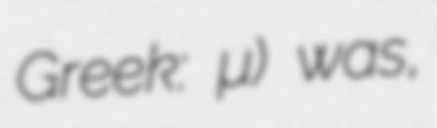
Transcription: Greek: Ἀλαλκομενία) was,